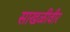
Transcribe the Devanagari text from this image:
साखळीवीर